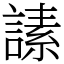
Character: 䛾